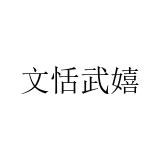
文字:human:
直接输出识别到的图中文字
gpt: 文恬武嬉